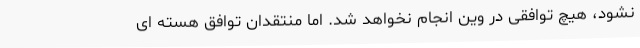
نشود، هیچ توافقی در وین انجام نخواهد شد. اما منتقدان توافق هسته ای